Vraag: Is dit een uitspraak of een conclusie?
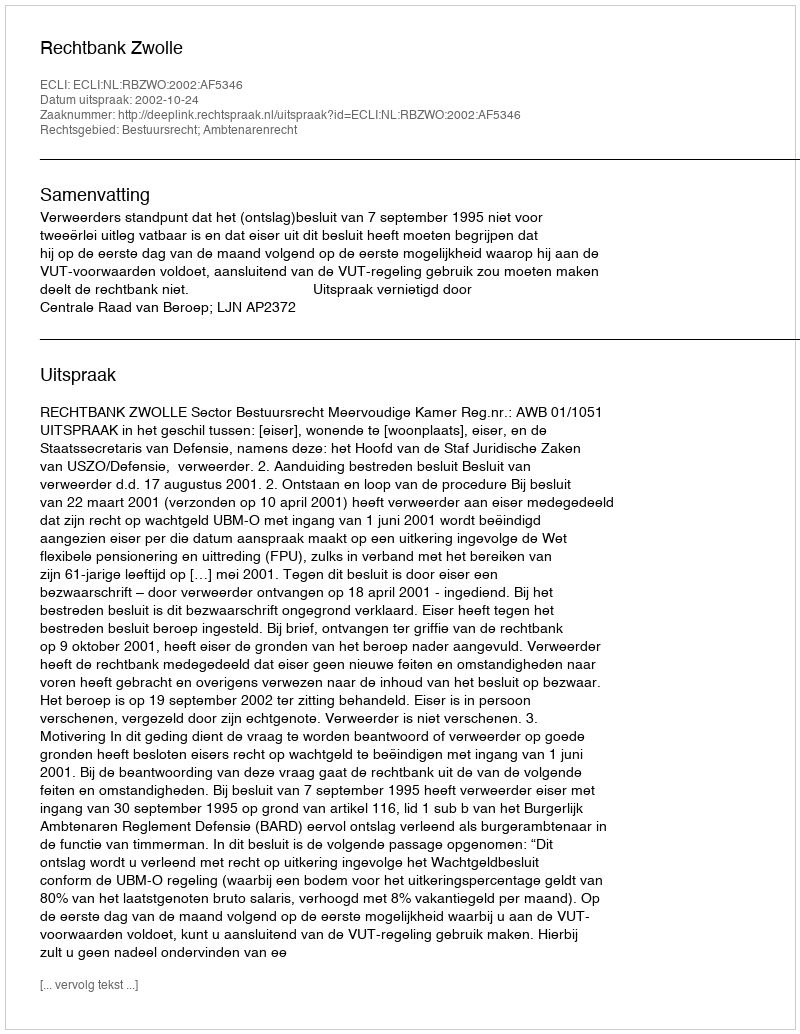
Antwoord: Uitspraak